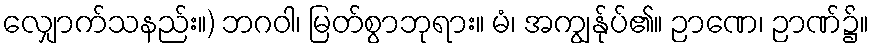
လျှောက်သနည်း။) ဘဂဝါ၊ မြတ်စွာဘုရား။ မံ၊ အကျွန်ုပ်၏။ ဉာဏေ၊ ဉာဏ်၌။